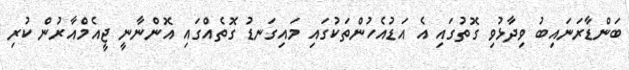
ބަންޑާރަނައިބު ވިދާޅުވި ގޮތުގައި އެ އަޑުއެހުންތަކުގައި މައިގަނޑު ގޮތެއްގައި އޮންނާނީ ޖީއެމްއާރުން ކުރި